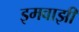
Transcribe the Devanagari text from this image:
इमवाझी